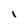
Character: I